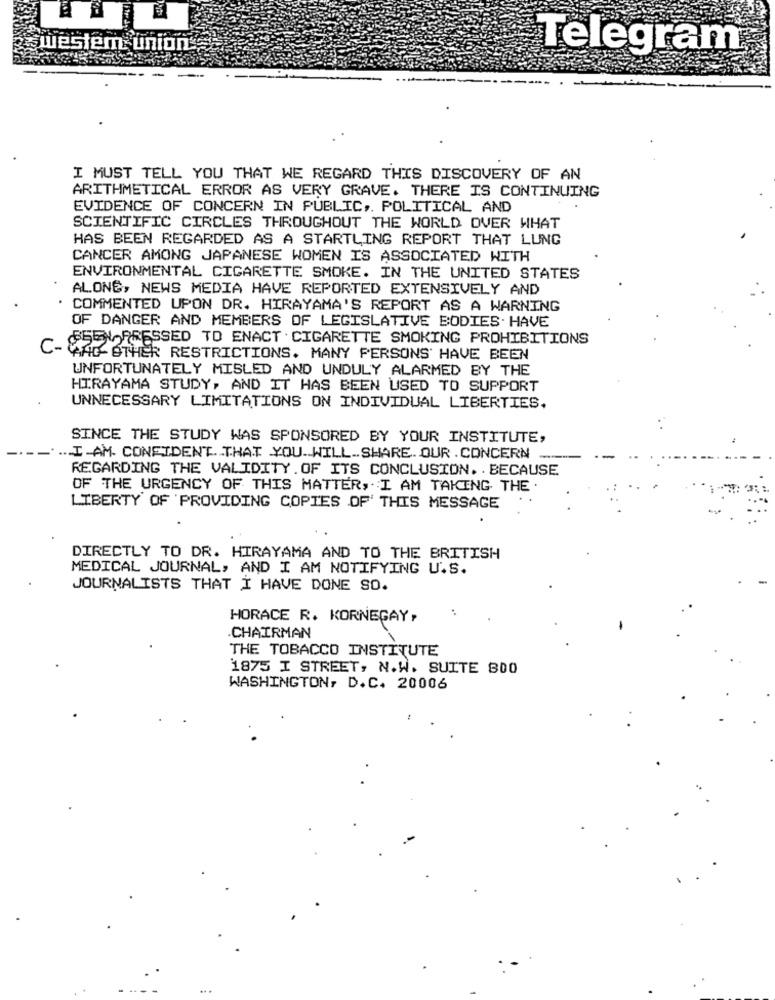
western union
Telegram
I MUST TELL YOU THAT WE REGARD THIS DISCOVERY OF AN
ARITHMETICAL ERROR AS VERY GRAVE. THERE IS CONTINUING
EVIDENCE OF CONCERN IN PUBLIC ,. POLITICAL AND
SCIENTIFIC CIRCLES THROUGHOUT THE WORLD OVER WHAT
HAS BEEN REGARDED AS A STARTLING REPORT THAT LUNG
CANCER AMONG JAPANESE WOMEN IS ASSOCIATED WITH
ENVIRONMENTAL CIGARETTE SMOKE. IN THE UNITED STATES
ALONG, NEWS MEDIA HAVE REPORTED EXTENSIVELY AND
COMMENTED UPON DR. HIRAYAMA'S REPORT AS A WARNING
OF DANGER AND MEMBERS OF LEGISLATIVE BODIES. HAVE
SEEN PRESSED TO ENACT CIGARETTE SMOKING PROHIBITIONS
C-WAG OTHER RESTRICTIONS. MANY PERSONS' HAVE BEEN
UNFORTUNATELY MISLED AND UNDULY ALARMED BY THE
HIRAYAMA STUDY, AND IT HAS BEEN USED TO SUPPORT
UNNECESSARY LIMITATIONS ON INDIVIDUAL LIBERTIES.
SINCE THE STUDY WAS SPONSORED BY YOUR INSTITUTE,
I-AM CONFIDENT THAT YOU WILL SHARE OUR. CONCERN
REGARDING THE VALIDITY. OF ITS CONCLUSION. . BECAUSE
OF THE URGENCY OF THIS MATTER, I AM TAKING THE
LIBERTY OF PROVIDING COPIES OF' THIS MESSAGE
DIRECTLY TO DR. HIRAYAMA AND TO THE BRITISH
MEDICAL JOURNAL, AND I AM NOTIFYING U.S.
JOURNALISTS THAT I HAVE DONE SO.
HORACE R. KORNEGAY,
.CHAIRMAN
THE TOBACCO INSTITUTE
1875 I STREET, N.W. SUITE 300
WASHINGTON, D.C. 20006